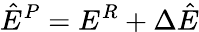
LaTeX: \hat{E}^{P}=E^{R}+\Delta\hat{E}